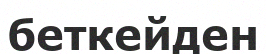
беткейден